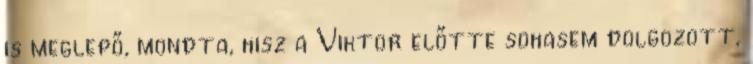
is meglepő, mondta, hisz a Viktor előtte sohasem dolgozott,